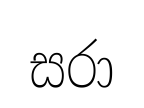
සරා